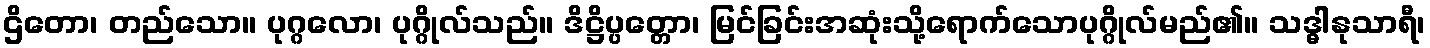
ဌိတော၊ တည်သော။ ပုဂ္ဂလော၊ ပုဂ္ဂိုလ်သည်။ ဒိဋ္ဌိပ္ပတ္တော၊ မြင်ခြင်းအဆုံးသို့ရောက်သောပုဂ္ဂိုလ်မည်၏။ သဒ္ဓါနုသာရီ၊